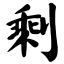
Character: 剩